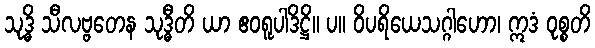
သုဒ္ဓိ သီလဗ္ဗတေန သုဒ္ဓီတိ ယာ ဧဝရူပါဒိဋ္ဌိ။ ပ။ ဝိပရိယေသဂ္ဂါဟော၊ ဣဒံ ဝုစ္စတိ